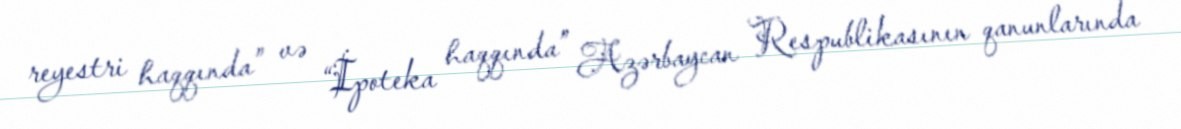
reyestri haqqında” və “İpoteka haqqında” Azərbaycan Respublikasının qanunlarında